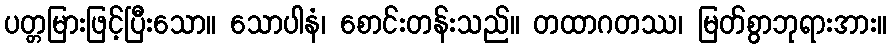
ပတ္တမြားဖြင့်ပြီးသော။ သောပါနံ၊ စောင်းတန်းသည်။ တထာဂတဿ၊ မြတ်စွာဘုရားအား။